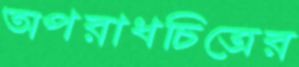
অপরাধচিত্রের